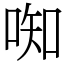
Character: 𫪦